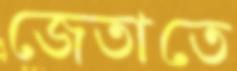
জেতাতে